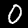
Label: 0